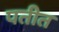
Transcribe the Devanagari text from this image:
पतीत